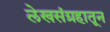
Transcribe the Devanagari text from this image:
लेखसंग्रहातून